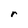
Character: r